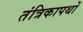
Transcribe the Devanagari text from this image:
तंत्रिकापथों